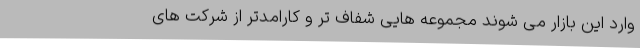
وارد این بازار می شوند مجموعه هایی شفاف تر و کارامدتر از شرکت های